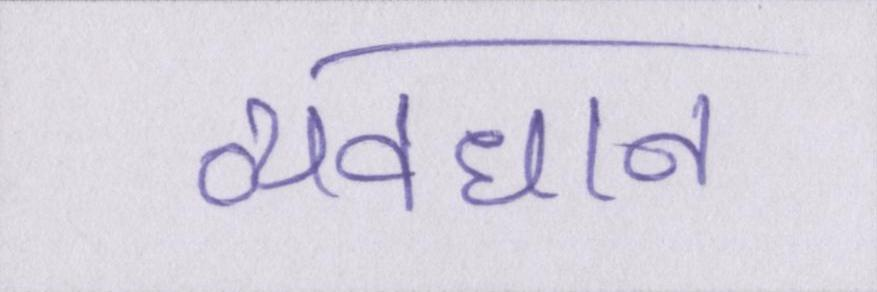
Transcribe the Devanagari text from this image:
व्यवधान